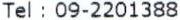
TEL : 09-2201388